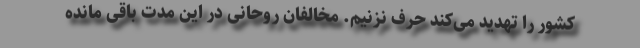
کشور را تهدید می‌کند حرف نزنیم. مخالفان روحانی در این مدت باقی مانده